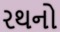
રથનો